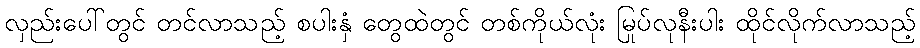
လှည်းပေါ်တွင် တင်လာသည့် စပါးနှံ တွေထဲတွင် တစ်ကိုယ်လုံး မြုပ်လုနီးပါး ထိုင်လိုက်လာသည့်